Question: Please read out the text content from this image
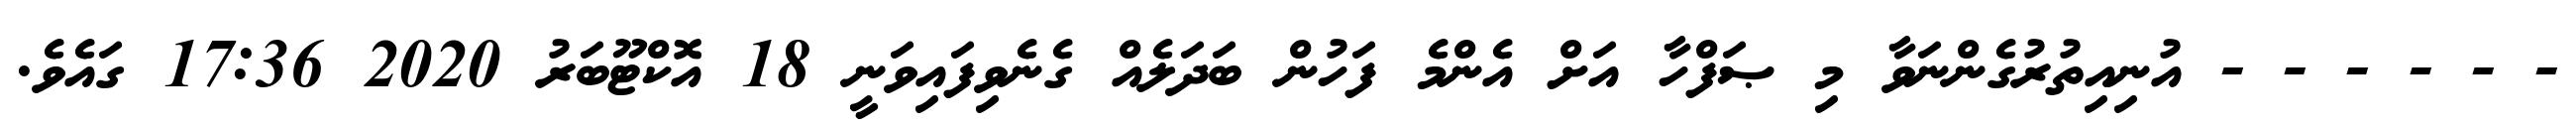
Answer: - - - - - - އުނިއިތުރުގެންނަވާ މި ޞަފްހާ އަށް އެންމެ ފަހުން ބަދަލެއް ގެނެވިފައިވަނީ 18 އޮކްޓޫބަރު 2020 17:36 ގައެވެ.